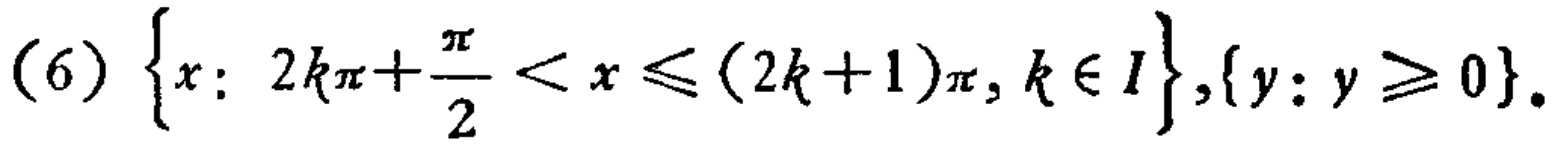
(6) \(\left\{x: 2k\pi+\frac{\pi}{2}<x\leqslant(2k + 1)\pi,k\in I\right\},\left\{y: y\geqslant0\right\}\)